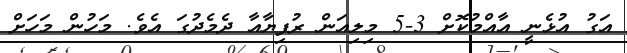
އަގު އުޅެނީ އާއްމުކޮށް 3-5 މިލިއަން ރުފިޔާއާ ދެމެދުގަ އެވެ. މަހުން މަހަށް